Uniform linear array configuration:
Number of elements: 16
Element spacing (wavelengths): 0.25
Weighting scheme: hamming
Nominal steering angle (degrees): -60
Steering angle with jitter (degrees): -60.002
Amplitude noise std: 0.05
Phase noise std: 0.05

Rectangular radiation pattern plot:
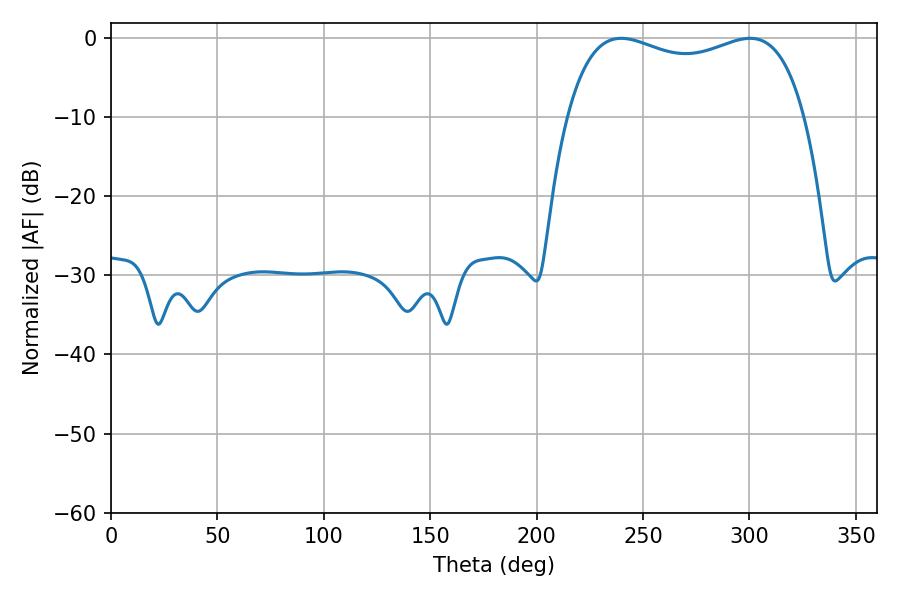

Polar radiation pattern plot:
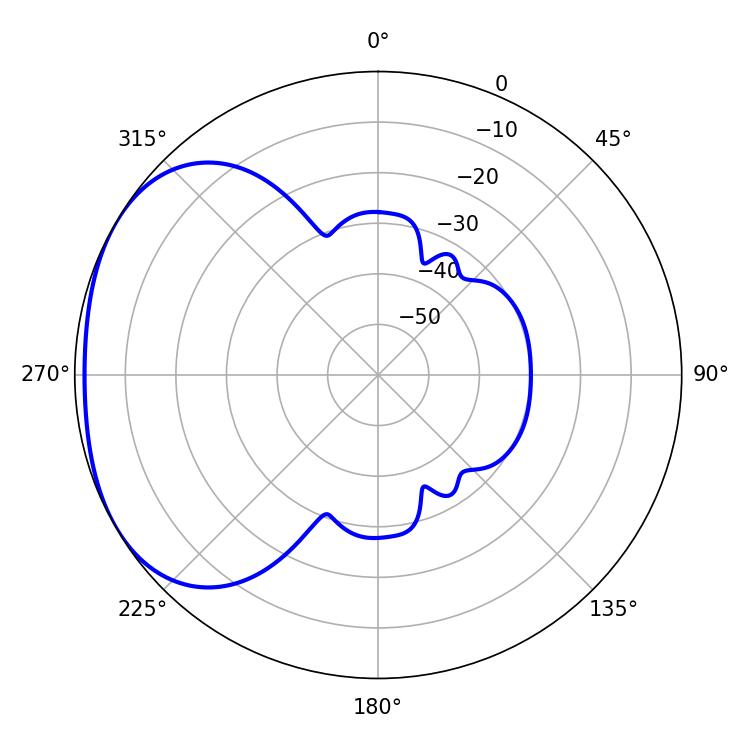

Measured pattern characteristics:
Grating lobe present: FALSE
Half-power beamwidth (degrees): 91.8
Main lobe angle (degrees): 239.76